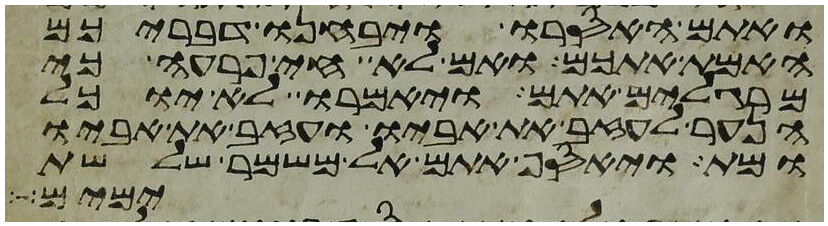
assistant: ואתם האסרו ויבחנו דבריכם
האמת אתכם ואם לא חי פרעה כי
מרגלים אתם ויאמרו לא יוכל
הנער לעזב את אביו ועזב את אביו
ומת ויאסף אתם אל משמר שלשת
ימים